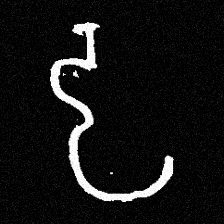
Pyu character \u2014 Myanmar letter: ဠ (romanized: lla)